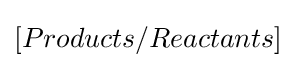
[Products/Reactants]